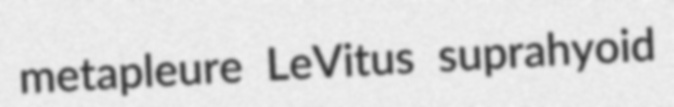
metapleure LeVitus suprahyoid